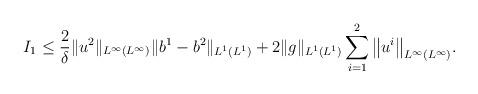
LaTeX: \begin{align*} I_1\leq \frac{2}{\delta}\|u^2\|_{L^\infty(L^\infty)}\|b^1-b^2\|_{L^1(L^1)} + 2\|g\|_{L^1(L^1)} \sum_{i=1}^2 \big\|u^i \big\|_{L^\infty(L^\infty)}. \end{align*}